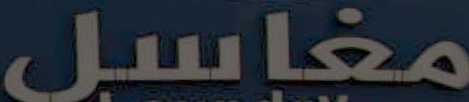
مغاسل